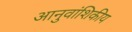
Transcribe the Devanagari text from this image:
आनुवांशिकीय